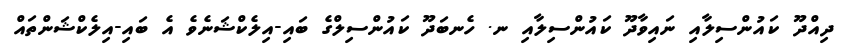
ދިއްދޫ ކައުންސިލާއި ނައިވާދޫ ކައުންސިލާއި ނ. ހެނބަދޫ ކައުންސިލްގެ ބައި-އިލެކްޝަނެވެ އެ ބައި-އިލެކްޝަންތައް